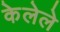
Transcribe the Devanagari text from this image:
केेलेले